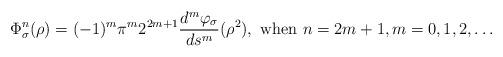
LaTeX: \begin{align*}\Phi^n_\sigma(\rho)=(-1)^m\pi^m 2^{2m+1}\frac{d^m\varphi_\sigma}{ds^m}(\rho^2),\textrm{ when } n=2m+1, m=0,1,2,\ldots\end{align*}